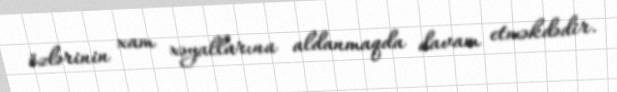
özlərinin xam xəyallarına aldanmaqda davam etməkdədir.